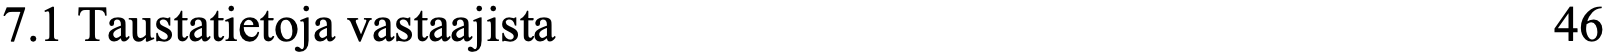
7.1 Taustatietoja vastaajista                       46